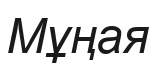
Мұңая